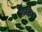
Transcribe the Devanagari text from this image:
डरते।